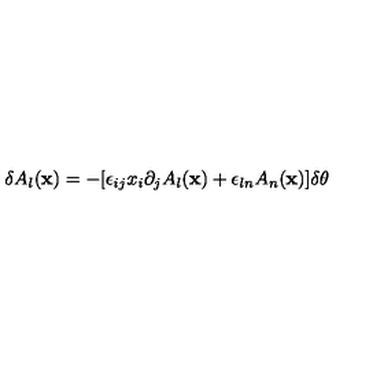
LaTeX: \delta A _ { l } ( { \bf x } ) = - [ \epsilon _ { i j } x _ { i } \partial _ { j } A _ { l } ( { \bf x } ) + \epsilon _ { l n } A _ { n } ( { \bf x } ) ] \delta \theta